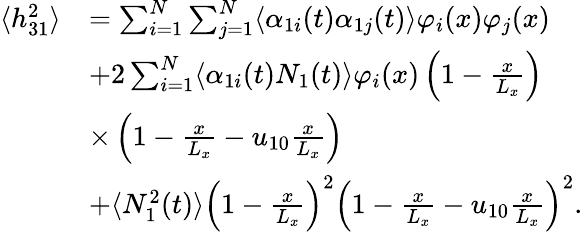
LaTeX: \begin{array}{rl}{\langle h_{31}^{2}\rangle}&{=\sum_{i=1}^{N}\sum_{j=1}^{N}\langle\alpha_{1i}(t)\alpha_{1j}(t)\rangle\varphi_{i}(x)\varphi_{j}(x)}\\ &{+2\sum_{i=1}^{N}\langle\alpha_{1i}(t)N_{1}(t)\rangle\varphi_{i}(x)\left(1-\frac{x}{L_{x}}\right)}\\ &{\times\left(1-\frac{x}{L_{x}}-u_{10}\frac{x}{L_{x}}\right)}\\ &{+\langle N_{1}^{2}(t)\rangle\left(1-\frac{x}{L_{x}}\right)^{2}\left(1-\frac{x}{L_{x}}-u_{10}\frac{x}{L_{x}}\right)^{2}.}\end{array}